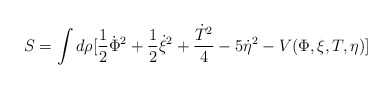
\begin{align*}S = \int d\rho [\frac{1}{2}\dot{\Phi}^{2}+\frac{1}{2}\dot{\xi}^{2} +\frac{\dot{T}^{2}}{4} -5\dot{\eta}^{2}-V(\Phi,\xi,T,\eta)]\end{align*}